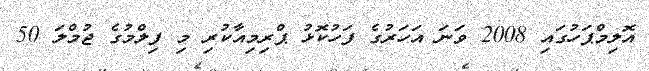
އޮލިމްޕަހުގައި 2008 ވަނަ އަހަރުގެ ފަހުކޮޅު ޕްރިމިއާކުރި މި ފިލްމުގެ ޖުމްލަ 50